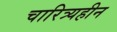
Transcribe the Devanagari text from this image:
चारित्र्यहीन